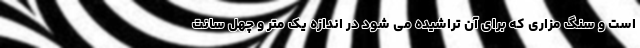
است و سنگ مزاری که برای آن تراشیده می شود در اندازه یک متر و چهل سانت